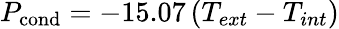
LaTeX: P_{\mathrm{cond}}=-15.07\left(T_{ext}-T_{int}\right)